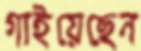
গাইয়েছেন